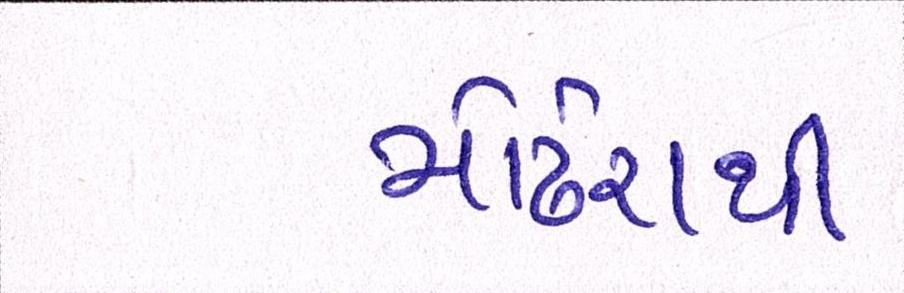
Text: મોઢેરાથી